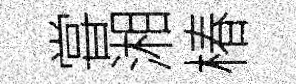
甞湘椿